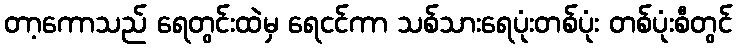
တာ့ကောသည် ရေတွင်းထဲမှ ရေငင်ကာ သစ်သားရေပုံးတစ်ပုံး တစ်ပုံးစီတွင်